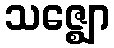
သဇ္ဈော